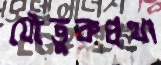
যৌতুকপ্রথা